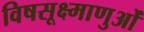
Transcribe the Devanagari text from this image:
विषसूक्ष्माणुओं